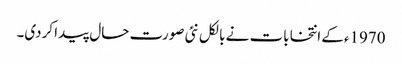
1970ءکے انتخابات نے بالکل نئی صورت حال پیدا کردی۔